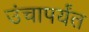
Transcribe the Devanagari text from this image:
उंचापर्यंत